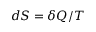
d S = \delta Q / T